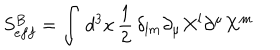
LaTeX: S _ { e f f } ^ { B } = \int \, d ^ { 3 } x \, \frac { 1 } { 2 } \, \delta _ { l m } \partial _ { \mu } X ^ { l } \partial ^ { \mu } X ^ { m }